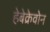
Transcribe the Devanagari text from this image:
हेबेक्रेवोन